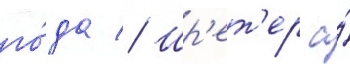
го́да // Шр'ет'ер а́